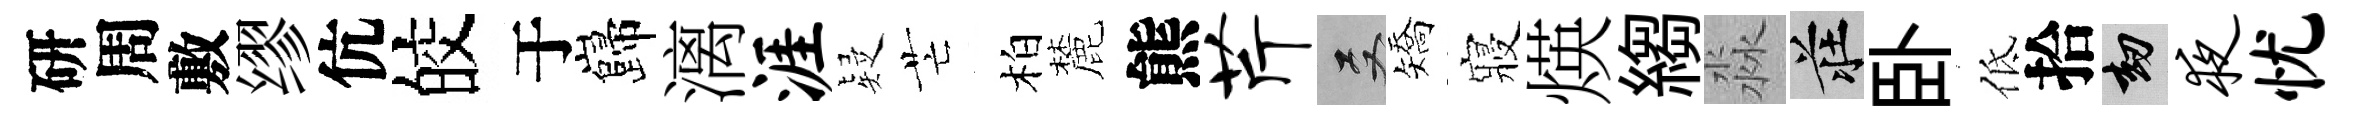
研周敷缪伉皎于巋漓涯疑芒柏麓熊芹双矯寢煐縐淼莊卧低拾劫夜忧